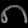
Digit: ၈